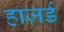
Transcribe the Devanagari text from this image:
हाज़र्ड